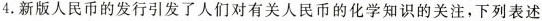
4.新版人民币的发行引发了人们对有关人民币的化学知识的关注，下列表述